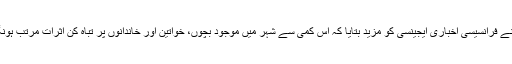
لیز نے فرانسیسی اخباری ایجینسی کو مزید بتایا کہ اس کمی سے شہر میں موجود بچوں، خواتین اور خاندانوں پر تباہ کن اثرات مرتب ہونگے۔